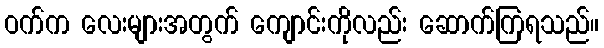
ဝက်က လေးများအတွက် ကျောင်းကိုလည်း ဆောက်ကြရသည်။